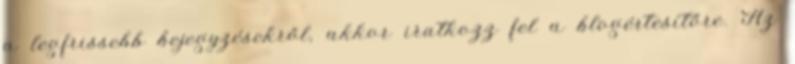
a legfrissebb bejegyzésekről, akkor iratkozz fel a blogértesítőre. Az